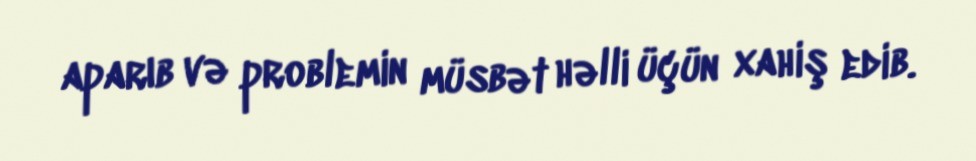
aparıb və problemin müsbət həlli üçün xahiş edib.